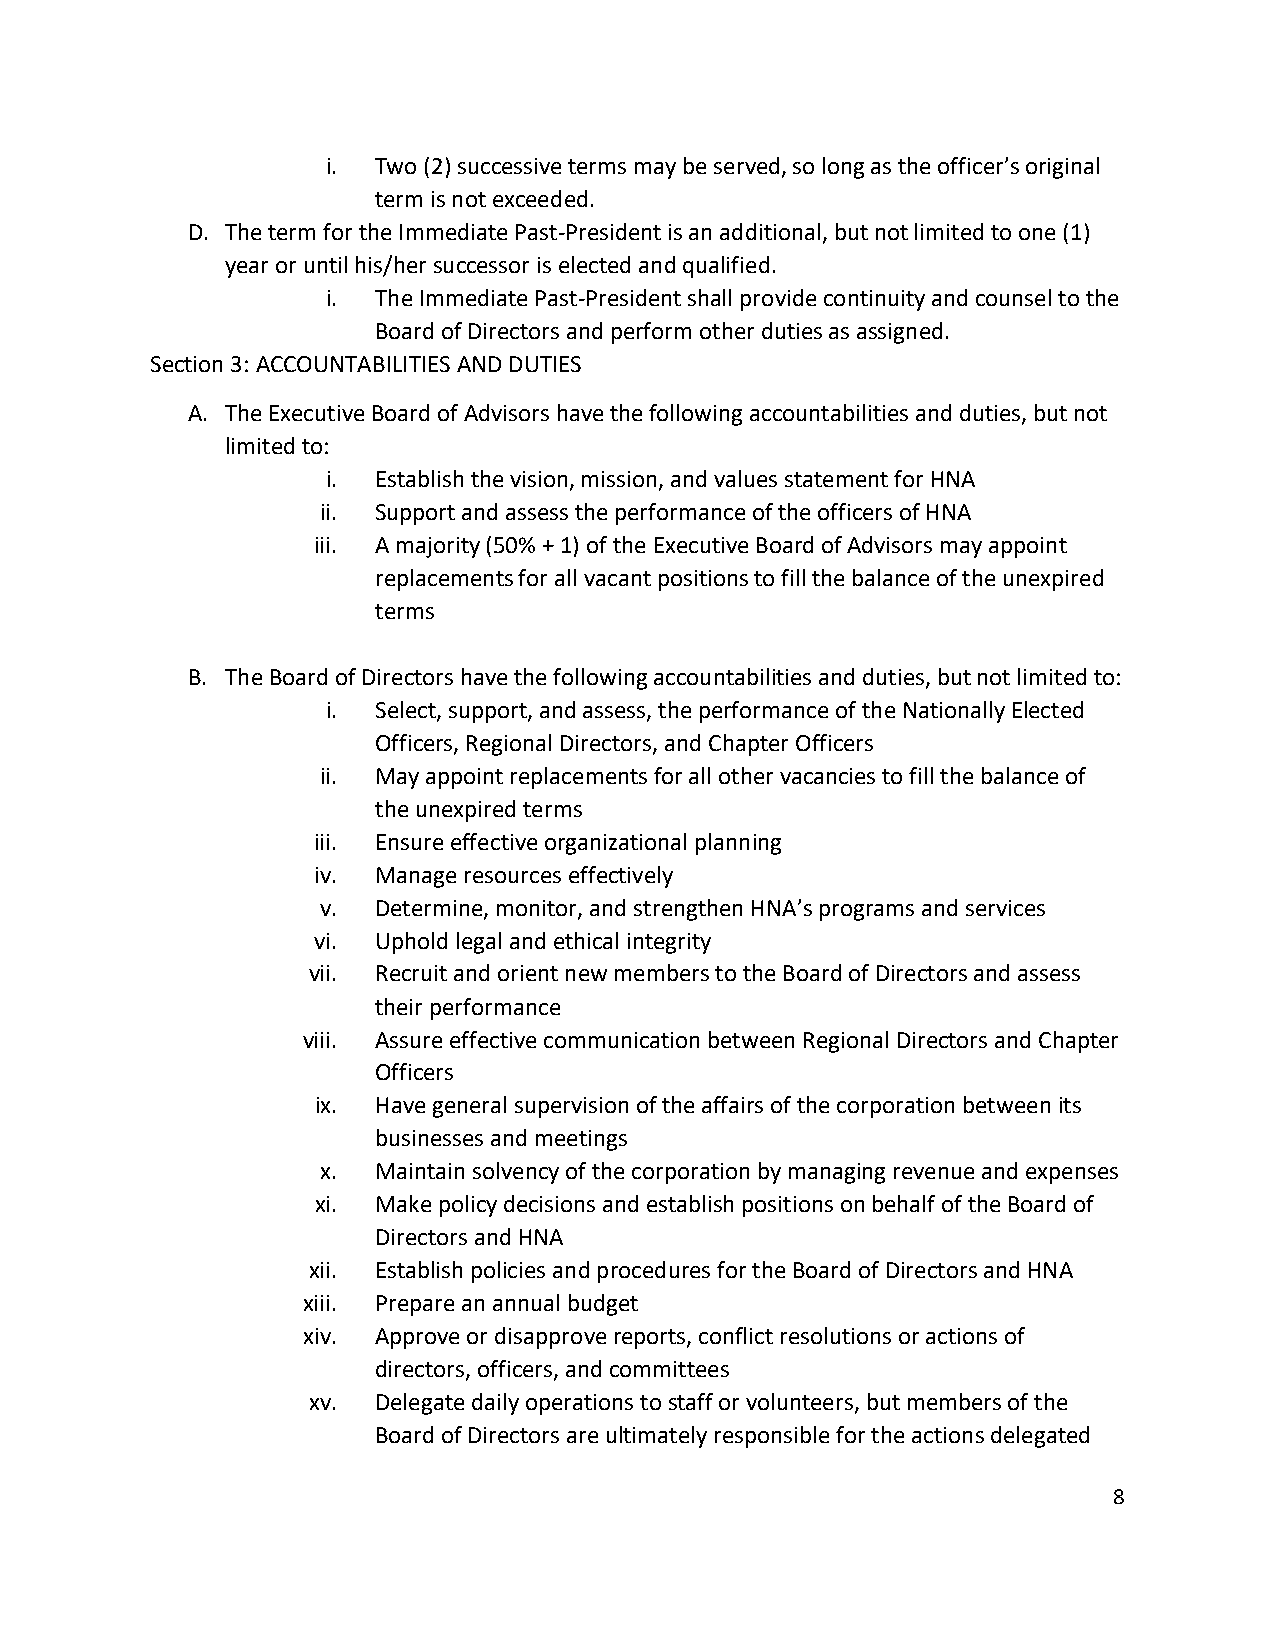
i. Two (2) successive terms may be served, so long as the officer’s original
 term is not exceeded.
 D. The term for the Immediate Past-President is an additional, but not limited to one (1)
 year or until his/her successor is elected and qualified.
 i. The Immediate Past-President shall provide continuity and counsel to the
 Board of Directors and perform other duties as assigned.
 Section 3: ACCOUNTABILITIES AND DUTIES
 A. The Executive Board of Advisors have the following accountabilities and duties, but not
 limited to:
 i. Establish the vision, mission, and values statement for HNA
 ii. Support and assess the performance of the officers of HNA
 iii. A majority (50% + 1) of the Executive Board of Advisors may appoint
 replacements for all vacant positions to fill the balance of the unexpired
 terms
 B. The Board of Directors have the following accountabilities and duties, but not limited to:
 i. Select, support, and assess, the performance of the Nationally Elected
 Officers, Regional Directors, and Chapter Officers
 ii. May appoint replacements for all other vacancies to fill the balance of
 the unexpired terms
 iii. Ensure effective organizational planning
 iv. Manage resources effectively
 v.  Determine, monitor, and strengthen HNA’s programs and services
 vi. Uphold legal and ethical integrity
 vii. Recruit and orient new members to the Board of Directors and assess
 their performance
 viii. Assure effective communication between Regional Directors and Chapter
 Officers
 ix. Have general supervision of the affairs of the corporation between its
 businesses and meetings
 x.  Maintain solvency of the corporation by managing revenue and expenses
 xi. Make policy decisions and establish positions on behalf of the Board of
 Directors and HNA
 xii. Establish policies and procedures for the Board of Directors and HNA
 xiii. Prepare an annual budget
 xiv. Approve or disapprove reports, conflict resolutions or actions of
 directors, officers, and committees
 xv.  Delegate daily operations to staff or volunteers, but members of the
 Board of Directors are ultimately responsible for the actions delegated
 8